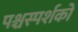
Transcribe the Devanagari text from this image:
पश्चस्पर्शकों